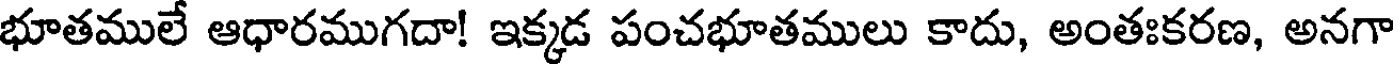
భూతములే ఆధారముగదా! ఇక్కడ పంచభూతములు కాదు, అంతఃకరణ, అనగా